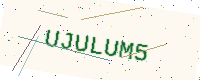
Text: UJULUM5